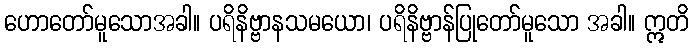
ဟောတော်မူသောအခါ။ ပရိနိဗ္ဗာနသမယော၊ ပရိနိဗ္ဗာန်ပြုတော်မူသော အခါ။ ဣတိ